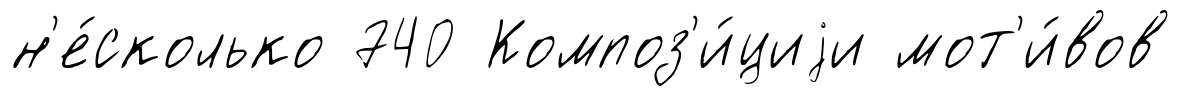
н'е́сколько 740 Композ'и́циjи мот'и́вов